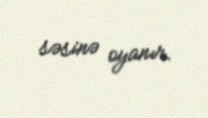
səsinə oyanır.